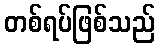
တစ်ရပ်ဖြစ်သည်